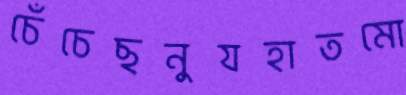
চেঁচেছনুযহাতমো